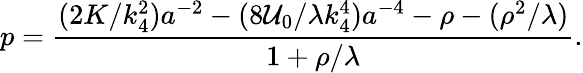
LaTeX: p=\frac{(2K/k_{4}^{2})a^{-2}-(8{\cal U}_{0}/\lambda k_{4}^{4})a^{-4}-\rho-(\rho^{2}/\lambda)}{1+\rho/\lambda}.